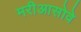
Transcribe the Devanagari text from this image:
मरीआसोवे